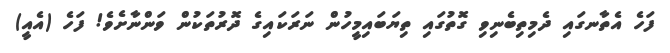
ފަހެ އެތާނގައި ދެމިތިބެނިވި ގޮތުގައި ތިޔަބައިމީހުން ނަރަކައިގެ ދޮރުތަކުން ވަންނާށެވެ! ފަހެ (އެއީ)